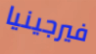
فيرجينيا